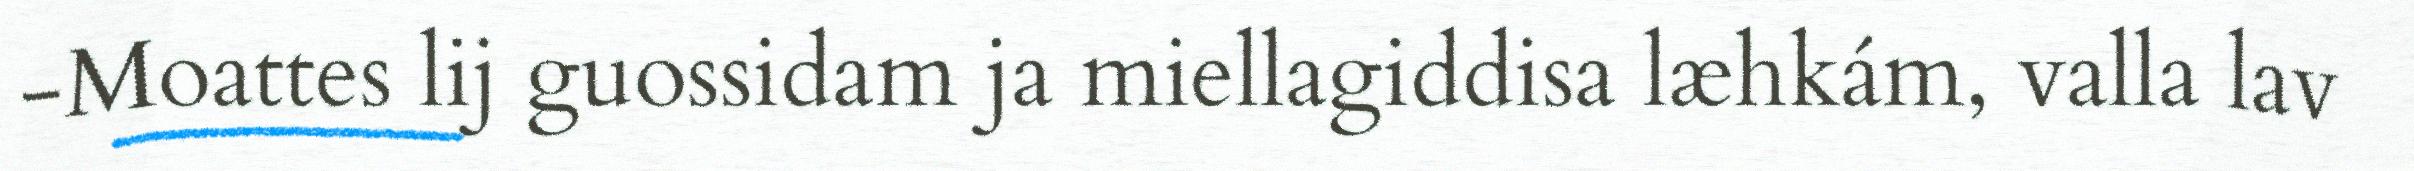
-Moattes lij guossidam ja miellagiddisa læhkám, valla lav